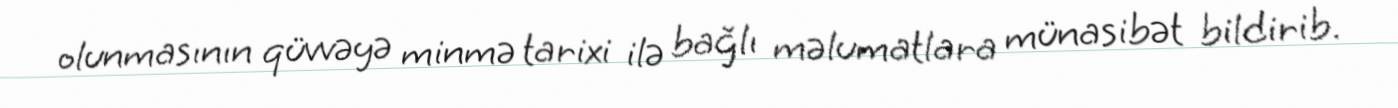
olunmasının qüvvəyə minmə tarixi ilə bağlı məlumatlara münasibət bildirib.